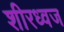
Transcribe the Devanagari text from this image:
शीरध्वज